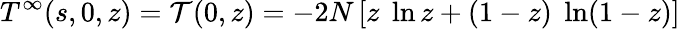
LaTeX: T^{\infty}(s,0,z)={\cal T}(0,z)=-2N\left[z\; \ln z+(1-z)\; \ln(1-z)\right]